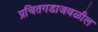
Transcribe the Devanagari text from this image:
प्रचितगडाजवळील